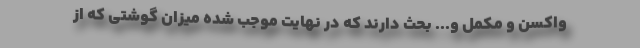
واکسن و مکمل و... بحث دارند که در نهایت موجب شده میزان گوشتی که از